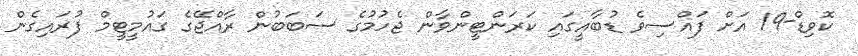
ކޮވިޑް-19 އަށް ފައްސިވެ ޑުބާއީގައި ކަރަންޓީންވާން ޖެހުމުގެ ސަބަބުން ރާއްޖޭގެ ގައުމީޓީމް ފުރައިގެން